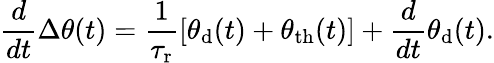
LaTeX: \frac{d}{dt}\Delta\theta(t)=\frac{1}{\tau_{\mathrm{r}}}\left[\theta_{\mathrm{d}}(t)+\theta_{\mathrm{th}}(t)\right]+\frac{d}{dt}\theta_{\mathrm{d}}(t).